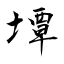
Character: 墰